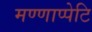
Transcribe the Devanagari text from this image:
मण्णाप्पेटि